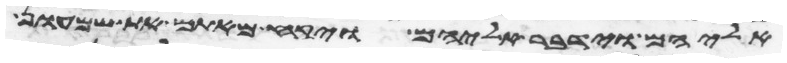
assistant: אליהם וידבר אליהם ויקח מאתם את שמעון